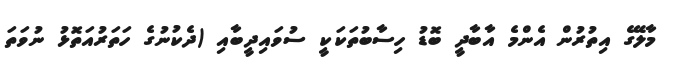
މާލޭގެ އިތުރުން އެންމެ އާބާދީ ބޮޑު ހިސާބުތަކަކީ ސުވައިދީބާއި (ދެކުނުގެ ހަތަރުއަތޮޅު ނުވަތަ